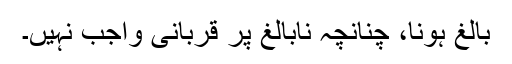
بالغ ہونا، چنانچہ نابالغ پر قربانی واجب نہیں۔